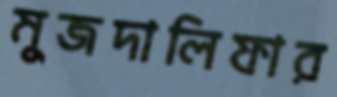
মুজদালিফার